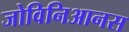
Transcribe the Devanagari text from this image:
जोविनिआनस